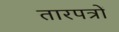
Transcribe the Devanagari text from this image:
तारपत्रों